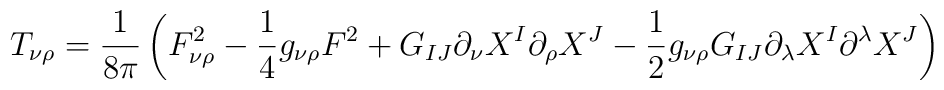
T_{\nu\rho} = \frac{1}{8\pi}\left(F^2_{\nu\rho} - \frac 14 g_{\nu\rho}F^2 +G_{IJ}\partial_{\nu}X^I\partial_{\rho}X^J - \frac 12 g_{\nu\rho}G_{IJ}\partial_{\lambda}X^I\partial^{\lambda}X^J\right)